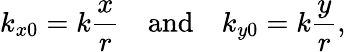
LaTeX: k_{x0}=k\frac{x}{r}\quad\mathrm{and}\quad k_{y0}=k\frac{y}{r},